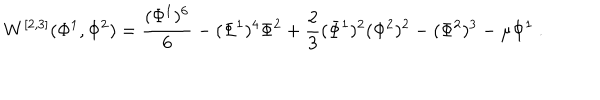
LaTeX: W ^ { [ 2 , 3 ] } ( \Phi ^ { 1 } , \Phi ^ { 2 } ) = { \frac { ( \Phi ^ { 1 } ) ^ { 6 } } { 6 } } - ( \Phi ^ { 1 } ) ^ { 4 } \Phi ^ { 2 } + { \frac { 2 } { 3 } } ( \Phi ^ { 1 } ) ^ { 2 } ( \Phi ^ { 2 } ) ^ { 2 } - ( \Phi ^ { 2 } ) ^ { 3 } - \mu \Phi ^ { 1 } ~ .